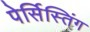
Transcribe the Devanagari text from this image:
पेर्सिस्तिंग